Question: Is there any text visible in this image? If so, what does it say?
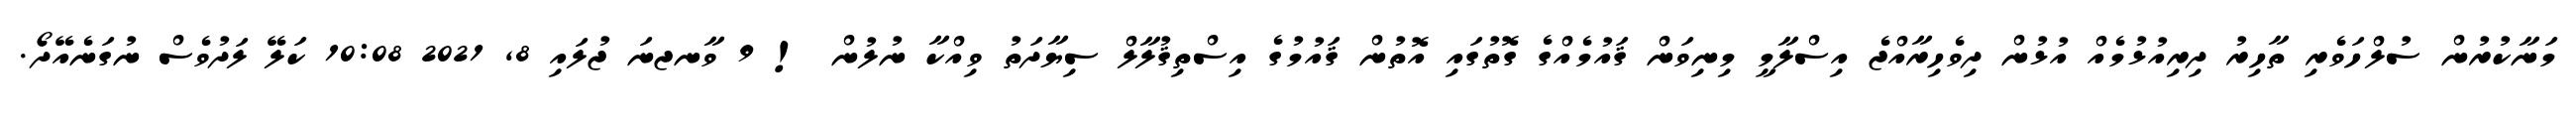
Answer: މަނާކުރުން ސުލްހަވެރި ތާހިރު ދިރިއުޅުމެއް އުޅުން ދިވެހިރާއްޖެ އިސްލާމީ މިނިވަން ޤައުމެއްގެ ގޮތުގައި އޮތުން ޤައުމުގެ އިސްތިޤުލާލް ސިޔާދަތު ވިއްކާ ނުލުން ! 9 ވާނޖނަ ޖުލައި 8, 2021 10:08 ކަލޭ ލަދުވެސް ނުގަނެއޭދޯ.